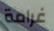
غرامة